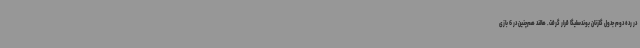
در رده دوم جدول گلزنان بوندسلیگا قرار گرفت. هالند هم‌چنین در 6 بازی